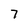
Character: 7